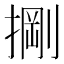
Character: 𭡺